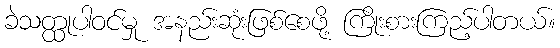
ခဲသတ္ထုပါဝင်မှု အနည်းဆုံးဖြစ်စေဖို့ ကြိုးစားကြည့်ပါတယ်။